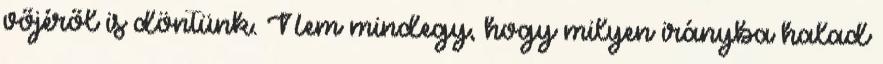
vőjéről is döntünk. Nem mindegy, hogy milyen irányba halad